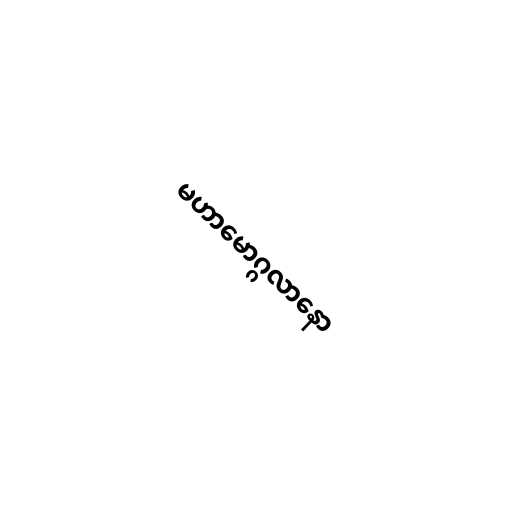
မဟာမောဂ္ဂလာနော